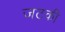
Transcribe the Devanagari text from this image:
जटकी